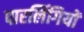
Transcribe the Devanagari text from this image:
पारलिंगियों